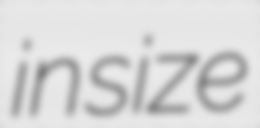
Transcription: in size